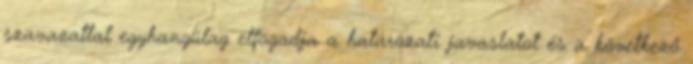
szavazattal egyhangúlag elfogadja a határozati javaslatot és a következő